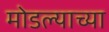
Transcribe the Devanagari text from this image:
मोडल्याच्या